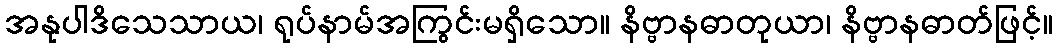
အနုပါဒိသေသာယ၊ ရုပ်နာမ်အကြွင်းမရှိသော။ နိဗ္ဗာနဓာတုယာ၊ နိဗ္ဗာနဓာတ်ဖြင့်။